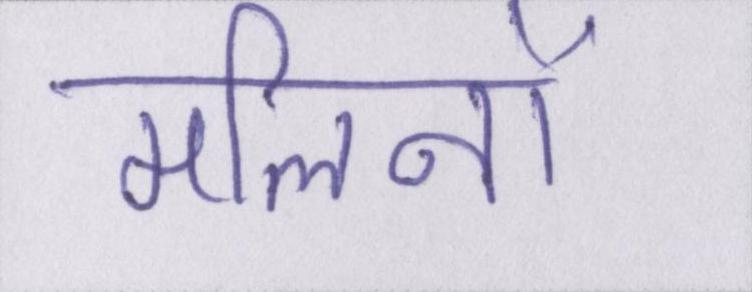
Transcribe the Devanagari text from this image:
मलिनों